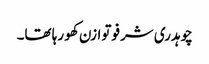
چوہدری شرفو توازن کھو رہا تھا۔